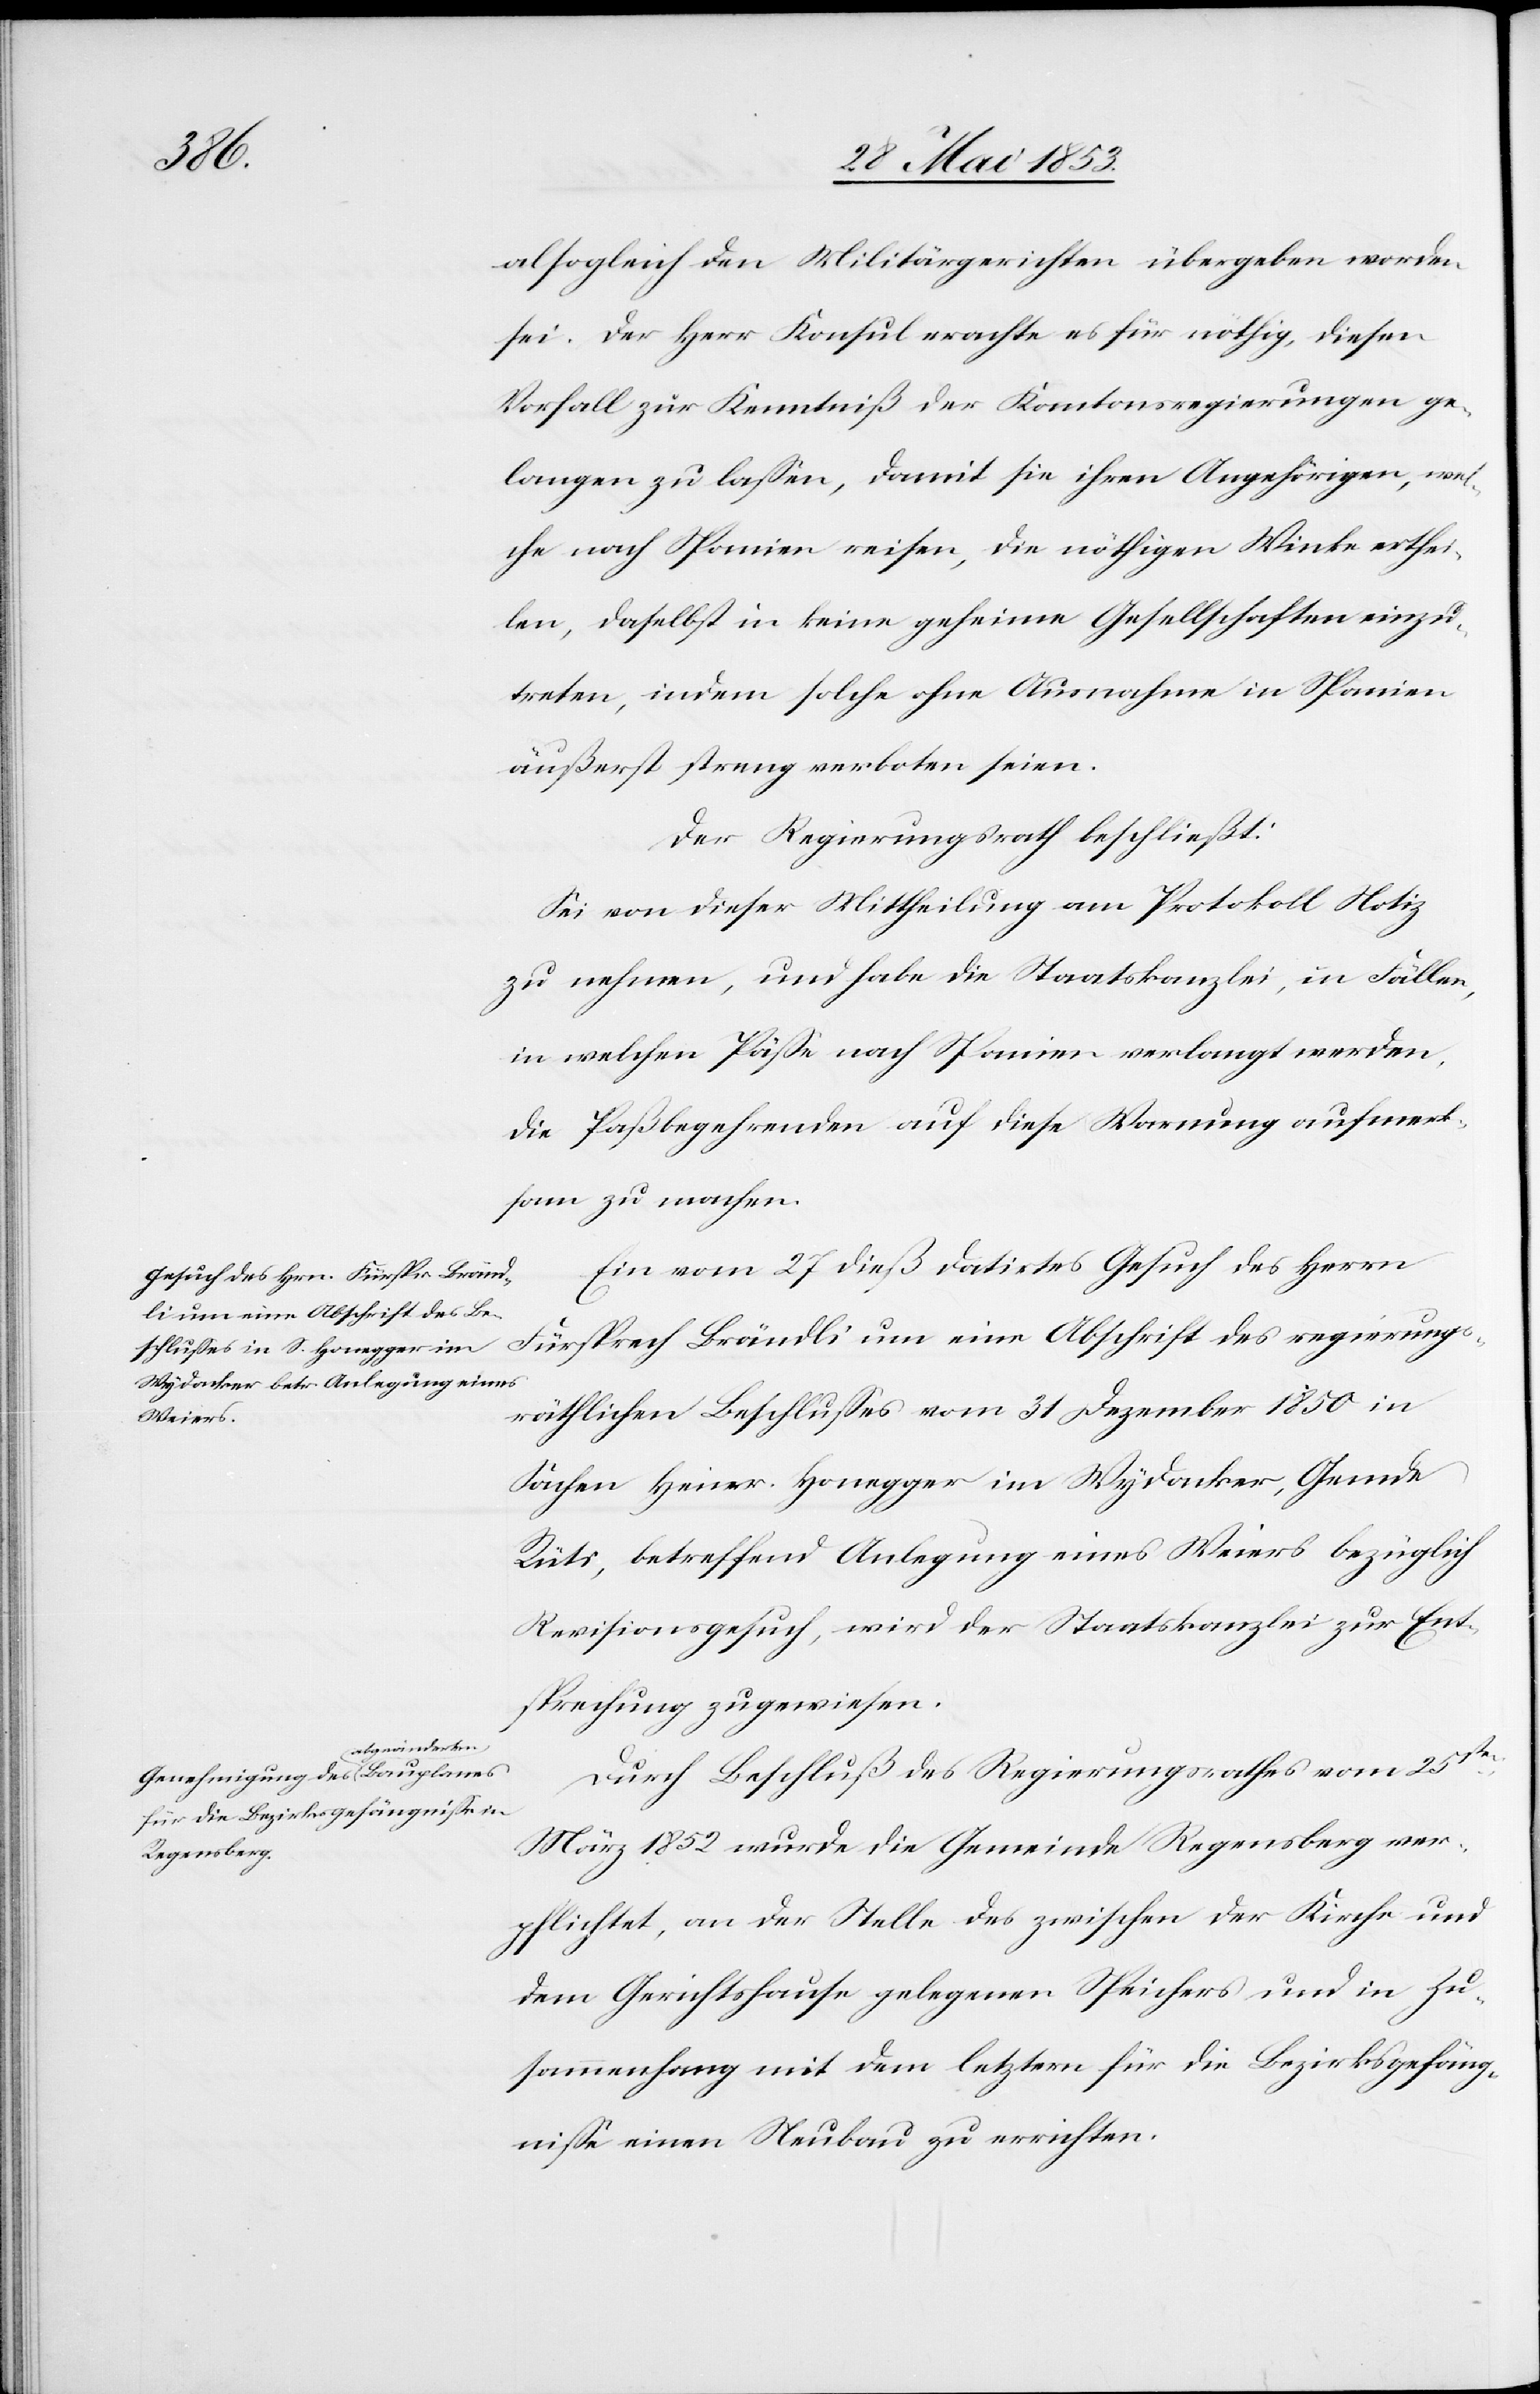
alsogleich den Militärgerichten übergeben worden
sei. Der Herr Konsul erachte es für nöthig, diesen
Vorfall zur Kenntniß der Kantonsregierungen ge¬
langen zu laßen, damit sie ihren Angehörigen, wel¬
che nach Spanien reisen, die nöthigen Winke erthei¬
len, daselbst in keine geheime Gesellschaften einzu¬
treten, indem solche ohne Ausnahme in Spanien
äußerst streng verboten seien.
Der Regierungsrath beschließt:
Sei von dieser Mittheilung am Protokoll Notiz
zu nehmen, und habe die Staatskanzlei, in Fällen,
in welchen Päße nach Spanien verlangt werden,
die Paßbegehrenden auf diese Warnung aufmerk¬
sam zu machen.
Ein vom 27 dieß datirtes Gesuch des Herrn
Fürsprech Brändli um Abschrift des regierungs¬
räthlichen Beschlußes vom 31 Dezember 1850 in
Sachen Heinr. Honegger in Wydacker, Gemde
Rüti, betreffend Anlegung eines Weiers bezüglich
Revisionsgesuch, wird der Staatskanzlei zur Ent¬
sprechung zugewiesen.
Durch Beschluß des Regierungsrathes vom 25sten
März 1852 wurde die Gemeinde Regensberg ver¬
pflichtet, an der Stelle des zwischen der Kirche und
dem Gerichtshause gelegenen Speichers und in Zu¬
sammenhang mit dem letztern für die Bezirksgefäng¬
niße einen Neubau zu errichten.